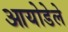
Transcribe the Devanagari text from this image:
आयोडेले